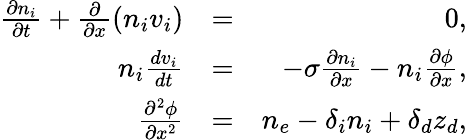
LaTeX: \begin{array}{rlr}{\frac{\partial n_{i}}{\partial t}+\frac{\partial}{\partial x}(n_{i}v_{i})}&{=}&{0,}\\ {n_{i}\frac{dv_{i}}{dt}}&{=}&{-\sigma\frac{\partial n_{i}}{\partial x}-n_{i}\frac{\partial\phi}{\partial x},}\\ {\frac{\partial^{2}\phi}{\partial x^{2}}}&{=}&{n_{e}-\delta_{i}n_{i}+\delta_{d}z_{d},}\end{array}